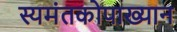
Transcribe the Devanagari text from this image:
स्यमंतकोपाख्यान